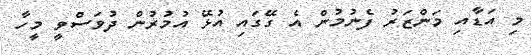
މި އަޑާއި މަންޒަރު ފެނުމުން އެ ގޭގައި އުޅޭ އުމުރުން ދުވަސްވީ މީހާ